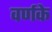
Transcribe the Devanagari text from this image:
वर्णके